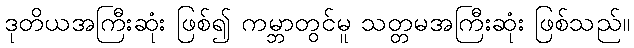
ဒုတိယအကြီးဆုံး ဖြစ်၍ ကမ္ဘာတွင်မူ သတ္တမအကြီးဆုံး ဖြစ်သည်။